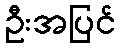
ဦးအပြင်